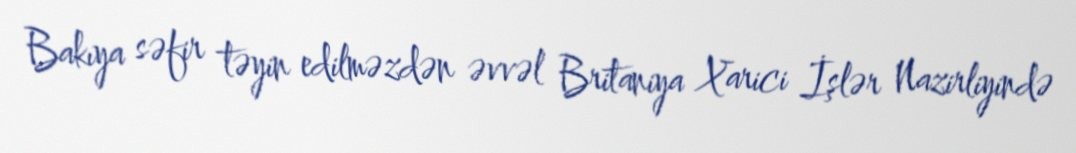
Bakıya səfir təyin edilməzdən əvvəl Britaniya Xarici İşlər Nazirliyində